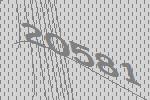
20581